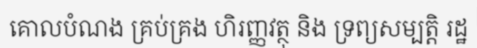
គោលបំណង គ្រប់គ្រង ហិរញ្ញវត្ថុ និង ទ្រព្យសម្បត្តិ រដ្ឋ